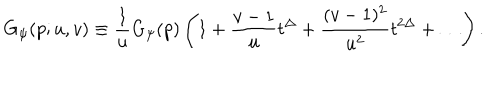
G _ { \psi } ( p ; u , v ) \equiv \frac { 1 } { u } G _ { \psi } ( p ) \left( 1 + \frac { v - 1 } { u } t ^ { \Delta } + \frac { ( v - 1 ) ^ { 2 } } { u ^ { 2 } } t ^ { 2 \Delta } + \ldots \right) .